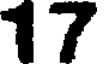
17